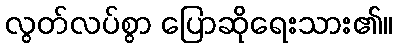
လွတ်လပ်စွာ ပြောဆိုရေးသား၏။